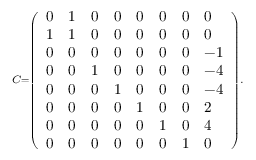
\scriptstyle C = { \left( \begin{array} { l l l l l l l l } { 0 } & { 1 } & { 0 } & { 0 } & { 0 } & { 0 } & { 0 } & { 0 } \\ { 1 } & { 1 } & { 0 } & { 0 } & { 0 } & { 0 } & { 0 } & { 0 } \\ { 0 } & { 0 } & { 0 } & { 0 } & { 0 } & { 0 } & { 0 } & { - 1 } \\ { 0 } & { 0 } & { 1 } & { 0 } & { 0 } & { 0 } & { 0 } & { - 4 } \\ { 0 } & { 0 } & { 0 } & { 1 } & { 0 } & { 0 } & { 0 } & { - 4 } \\ { 0 } & { 0 } & { 0 } & { 0 } & { 1 } & { 0 } & { 0 } & { 2 } \\ { 0 } & { 0 } & { 0 } & { 0 } & { 0 } & { 1 } & { 0 } & { 4 } \\ { 0 } & { 0 } & { 0 } & { 0 } & { 0 } & { 0 } & { 1 } & { 0 } \end{array} \right) } .